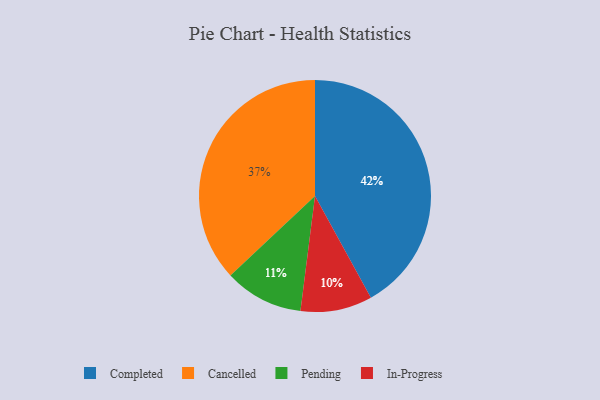
{"axis": {"x": "Category", "y": "Percentage"}, "legend": ["Cancelled", "Completed", "In-Progress", "Pending"], "data": [{"x": "Completed", "y": 42, "type": "Completed"}, {"x": "Pending", "y": 11, "type": "Pending"}, {"x": "Cancelled", "y": 37, "type": "Cancelled"}, {"x": "In-Progress", "y": 10, "type": "In-Progress"}]}